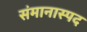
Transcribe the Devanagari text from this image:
संमानास्पद